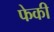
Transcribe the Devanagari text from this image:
फेकी